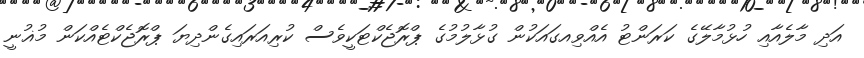
އަދި މާލެއާއި ހުޅުމާލޭގެ ކަރަންޓު އެއްވިއގައަކުން ގުޅާލުމުގެ ޕްރޮޖެކްޓަކީވެސް ކުރިއަރައިގެންދިޔަ ޕްރޮޖެކްޓެއްކަން މުޣުނީ